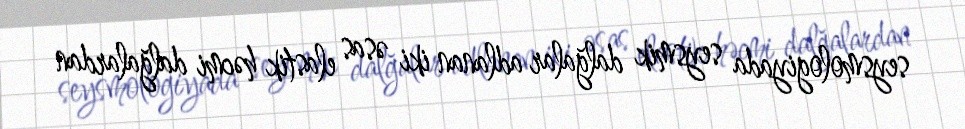
seysmologiyada seysmik dalğalar adlanan iki əsas elastik həcmi dalğalardan